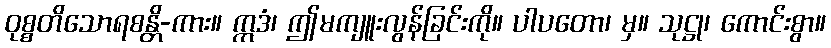
ဝုစ္စတိသောရစန္တိ-ကား။ ဣဒံ၊ ဤမကျူးလွန်ခြင်းကို။ ပါပတော၊ မှ။ သုဋ္ဌု၊ ကောင်းစွာ။